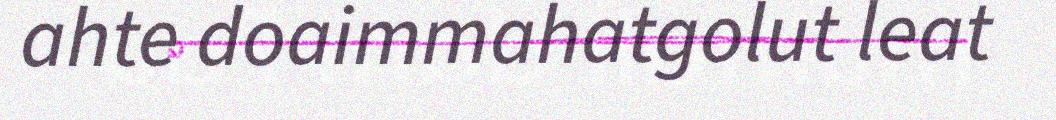
ahte doaimmahatgolut leat